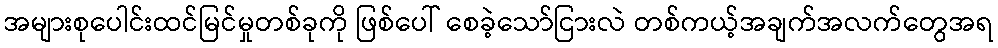
အများစုပေါင်းထင်မြင်မှုတစ်ခုကို ဖြစ်ပေါ် စေခဲ့သော်ငြားလဲ တစ်ကယ့်အချက်အလက်တွေအရ